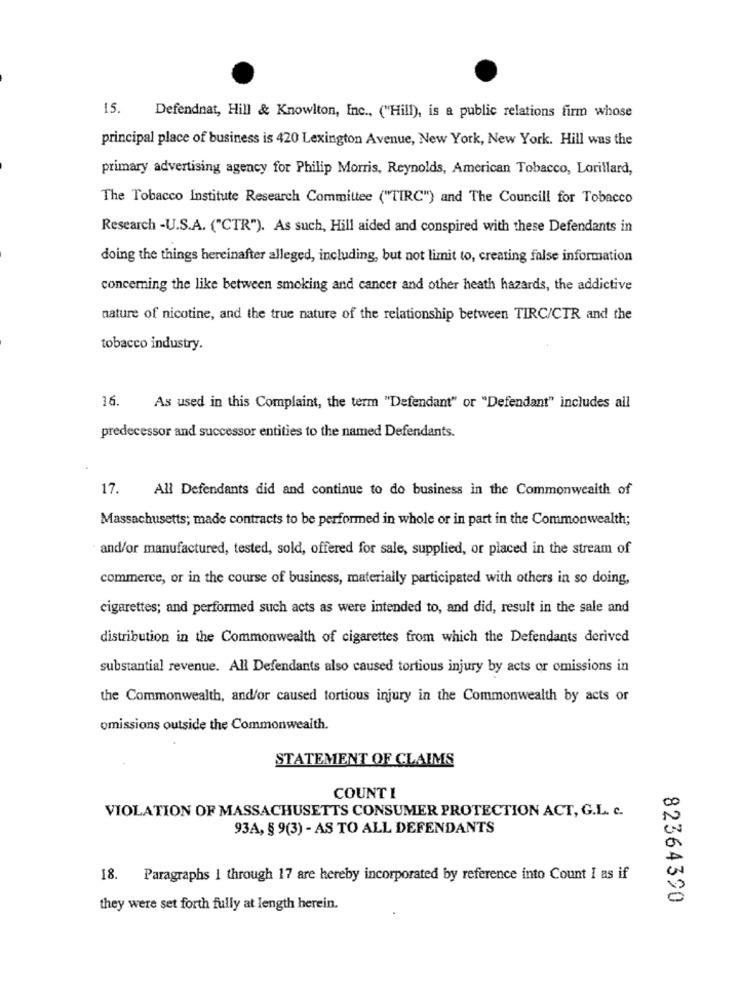
15.
Defendnat, Hill & Knowlton, Inc ., ("Hill), is a public relations firm whose
principal place of business is 420 Lexington Avenue, New York, New York. Hill was the
primary advertising agency for Philip Morris, Reynolds, American Tobacco, Lorillard,
The Tobacco Institute Research Committee ("TIRC") and The Councill for Tobacco
Research -U.S.A. ("CTR"). As such, Hill aided and conspired with these Defendants in
doing the things hereinafter alleged, including, but not limit to, creating false information
concerning the like between smoking and cancer and other heath hazards, the addictive
nature of nicotine, and the true nature of the relationship between TIRC/CTR and the
tobacco industry.
16.
As used in this Complaint, the term "Defendant" or "Defendant" includes all
predecessor and successor entities to the named Defendants.
17.
All Defendants did and continue to do business in the Commonwealth of
Massachusetts; made contracts to be performed in whole or in part in the Commonwealth;
and/or manufactured, tested, sold, offered for sale, supplied, or placed in the stream of
commerce, or in the course of business, materially participated with others in so doing,
cigarettes; and performed such acts as were intended to, and did, result in the sale and
distribution in the Commonwealth of cigarettes from which the Defendants derived
substantial revenue. All Defendants also caused tortious injury by acts or omissions in
the Commonwealth, and/or caused tortious injury in the Commonwealth by acts or
omissions outside the Commonwealth.
STATEMENT OF CLAIMS
COUNT I
VIOLATION OF MASSACHUSETTS CONSUMER PROTECTION ACT, G.L. c.
93A, § 9(3) - AS TO ALL DEFENDANTS
18.
Paragraphs 1 through 17 are hereby incorporated by reference into Count I as if
82364390
they were set forth fully at length herein.